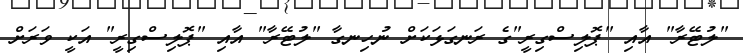
"ލުޓޭރާ" އާއި "ޕޮލިސްގިރީ"ގެ ރަނގަޅަކަށް ނުހިނގާ "ލުޓޭރާ" އާއި "ޕޮލިސްގިރީ" އަކީ ވަރަށް